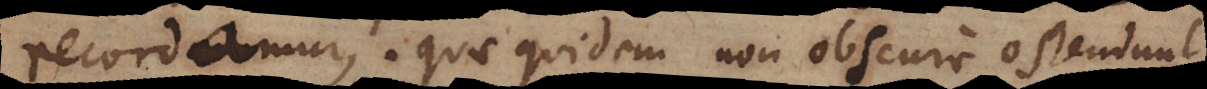
recordamur. Quae quidem non obscure ostendunt